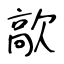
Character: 歊